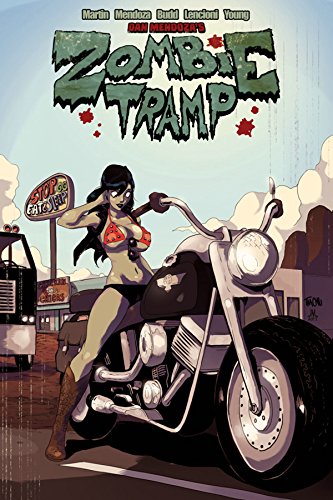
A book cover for Zombie Tramp: Sleazy Rider Volume 2 TP (Zombie Tramp Ongoing Tp); Jason Martin; Comics & Graphic Novels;